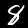
Digit: 8